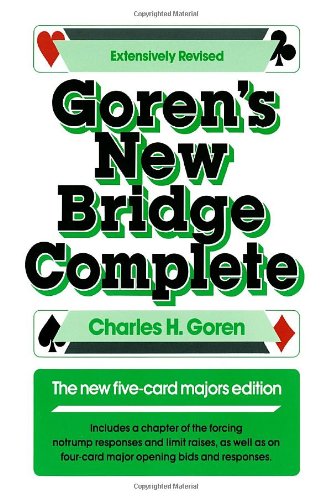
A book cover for Goren's New Bridge Complete: The New Five-Card Majors Edition; Charles H. Goren; Humor & Entertainment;